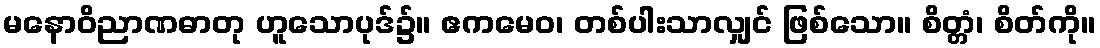
မနောဝိညာဏဓာတု ဟူသောပုဒ်၌။ ဧကမေဝ၊ တစ်ပါးသာလျှင် ဖြစ်သော။ စိတ္တံ၊ စိတ်ကို။